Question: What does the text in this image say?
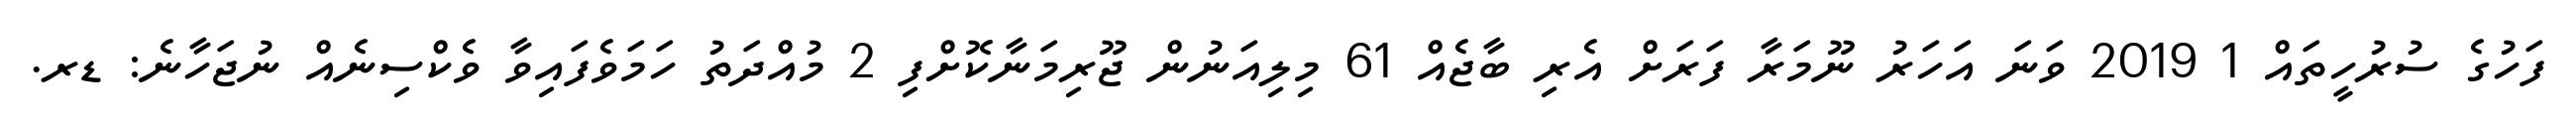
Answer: ފަހުގެ ސުރުހީތައް 1 2019 ވަނަ އަހަރު ނޫމަރާ ފަރަށް އެރި ބާޖެއް 61 މިލިއަނުން ޖޫރިމަނާކޮށްފި 2 މުއްދަތު ހަމަވެފައިވާ ވެކްސިނެއް ނުޖަހާނެ: ޑރ.